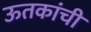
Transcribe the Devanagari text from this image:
ऊतकांची